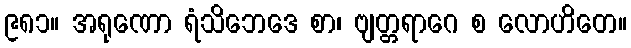
၉၈၁။ အရုဏော ရံသိဘေဒေ စာ၊ ဗျတ္တရာဂေ စ လောဟိတေ။